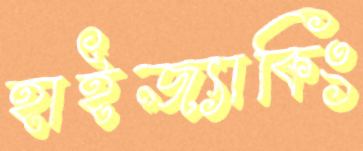
হাইজ্যাকিং